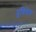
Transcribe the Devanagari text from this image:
दुविधेत